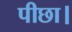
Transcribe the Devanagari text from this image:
पीछा।